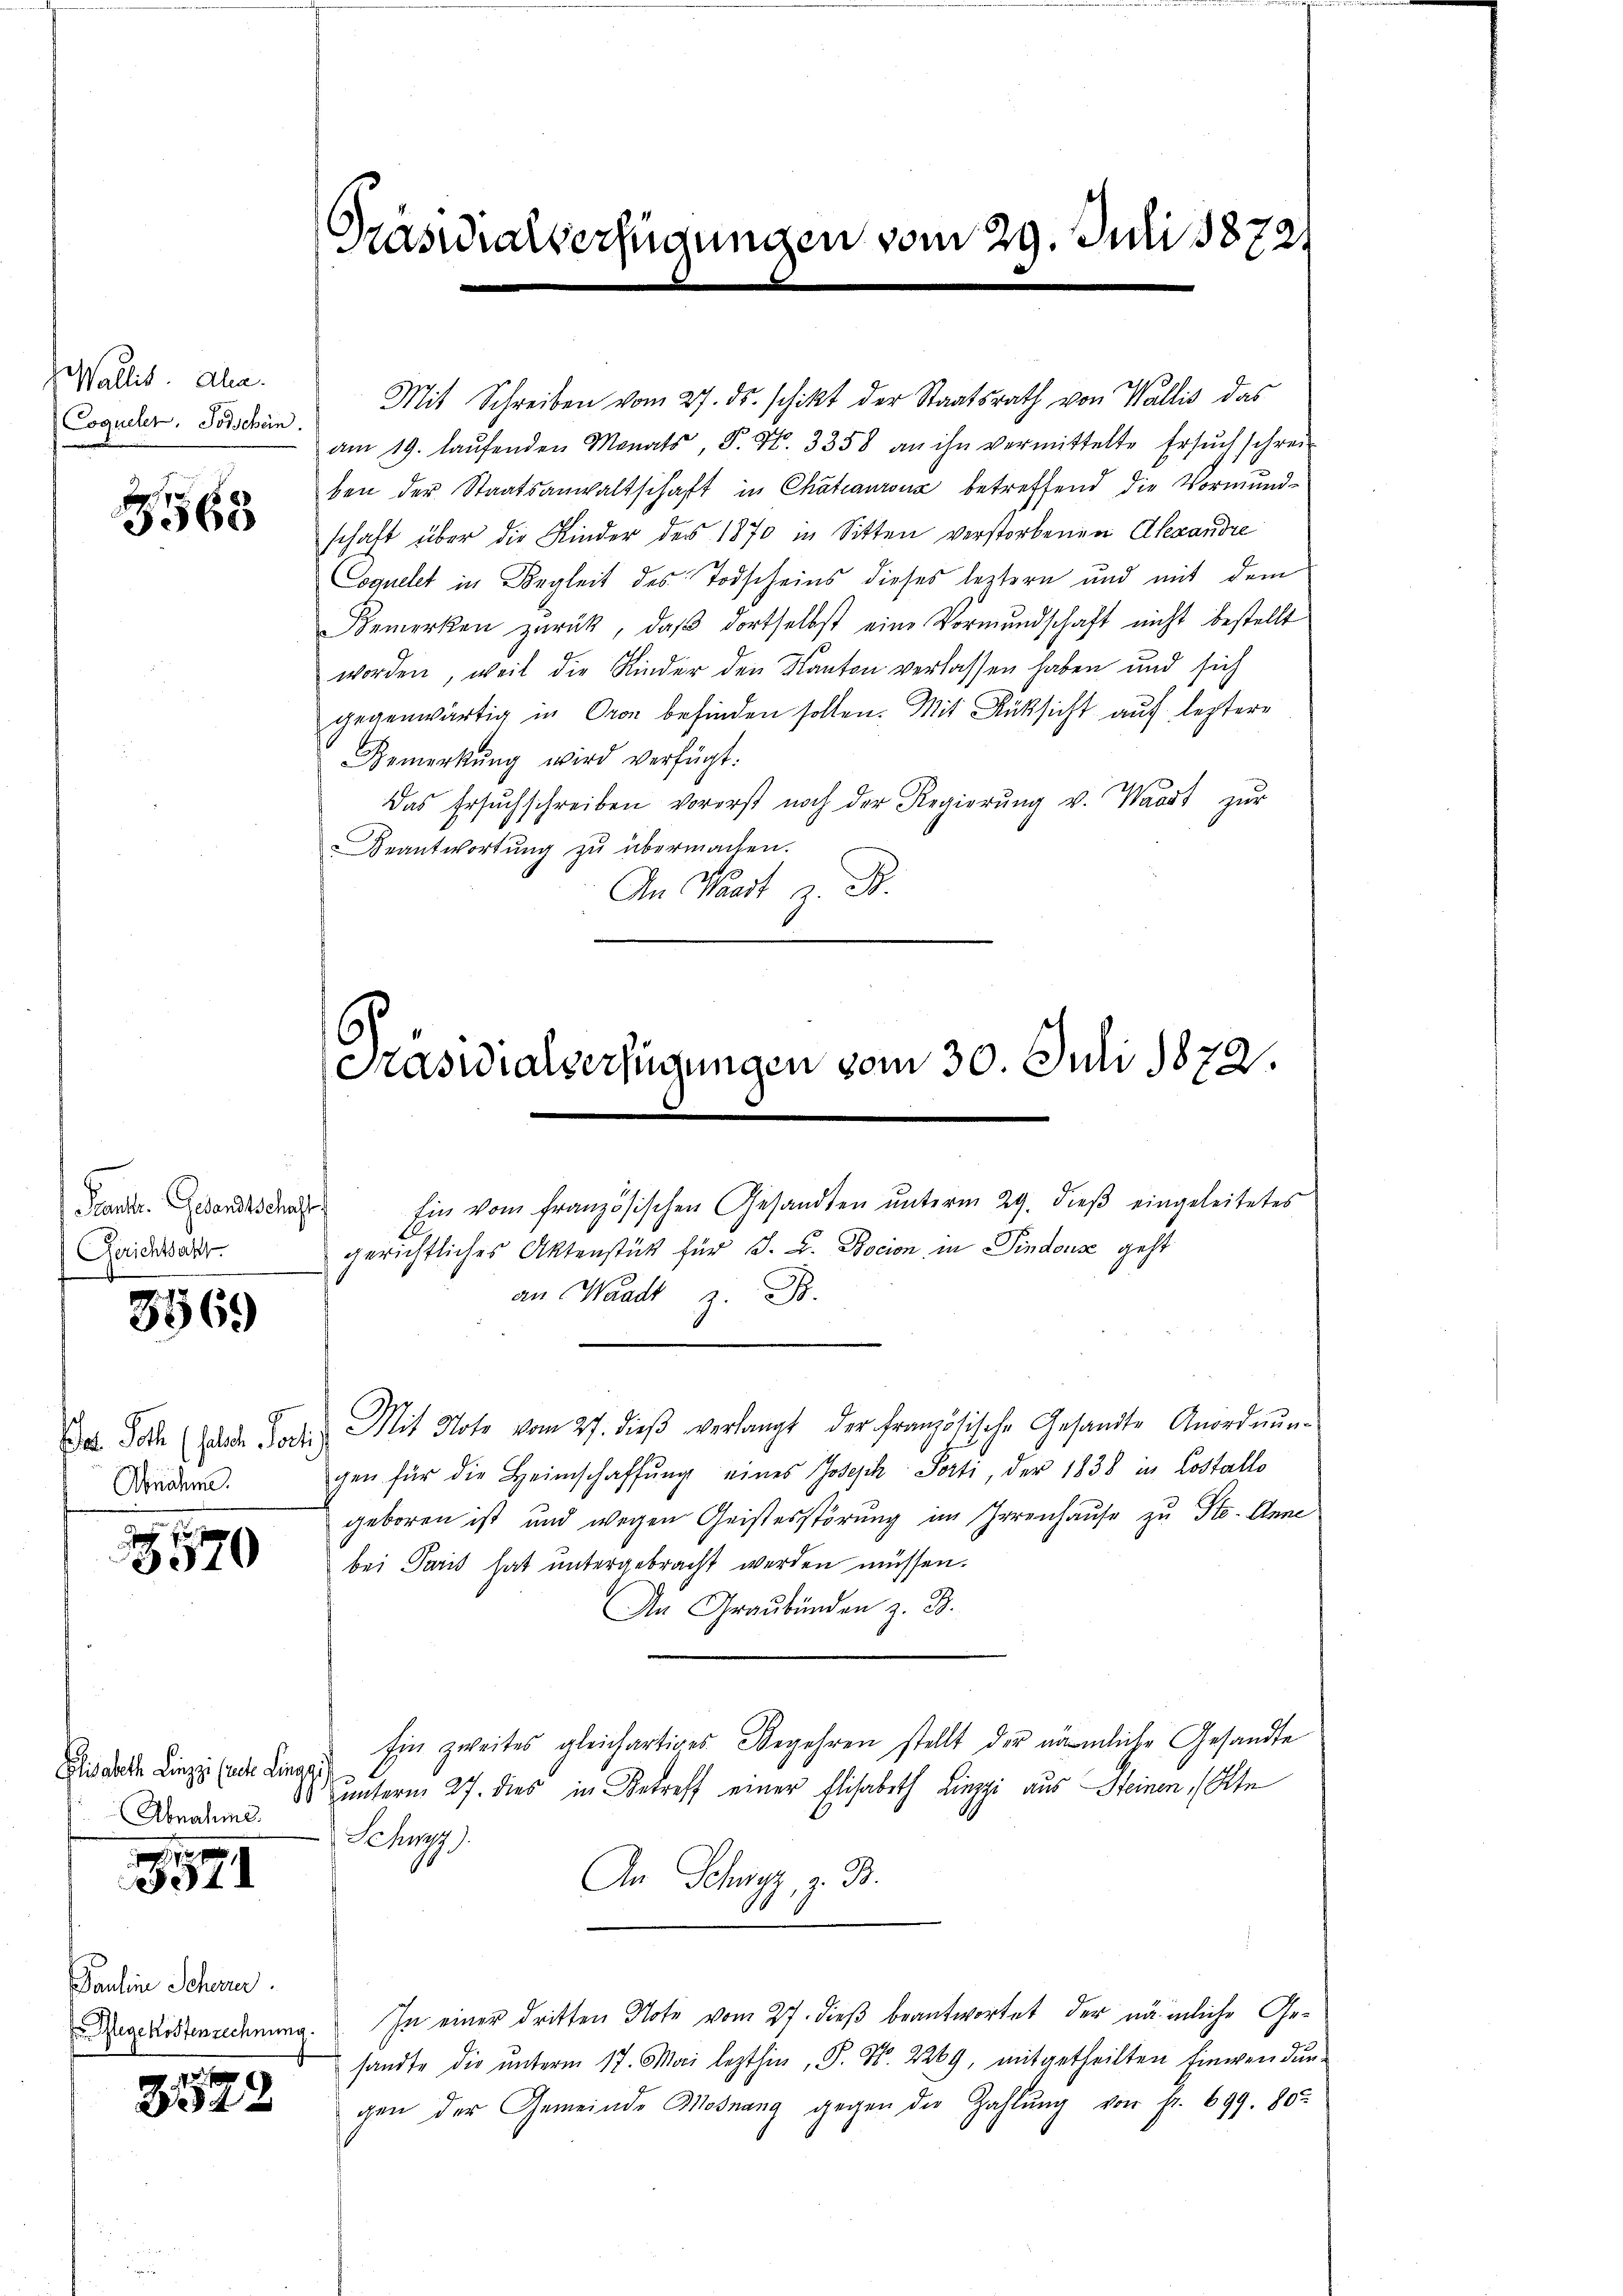
Wallis. Ala
Cogueler. Todschein.

3568

Peanstr. Gesandtschaft
Gerichtsakt

8569

Abnahme.

570

Elisabeth Linz (recte Linari
Abnahme.

x
334

Pauline Schare
 legekostenzechnung.

2522

Drascialverfügungen vom 29. Juli 18721

Ein vom französischen Gesandten ŭnterm 29. dieβ eingeleitetes

Mit Schreiben vom 27. ds. schikt der Staatsrath von Wallis das
am 19. laŭfenden Monats, P. Nr. 3358 an ihn vermittelte Ersŭch schrei
ben der Staatsanwaltschaft in Chatianzona betreffend die Vormund-
schaft über die Kinder des 1870 in Sitten verstorbenen Alexandre
Coquelet in Begleit des Todscheins dieses leztern und mit dem
Bemerken zurück, daß dortselbst eine Vormundschaft nicht bestellt
worden, weil die Kinder den Kanton verlassen haben und sich
gegenwärtig in Oron befinden sollen. Mit Rücksicht auf leztere
Bemerkŭng wird verfügt:
Das Ersuchschreiben vorerst noch der Regierŭng v. Waadt zŭr
Beantwortung zu übermachen.
An Waadt z. B.

Präsidialverfügungen vom 30. Juli 1872.

Das Sohn der Todes Mit Note vom 27. dieβ verlangt der Französische Gesandte Anordnŭn-
gen für die Heimschaffŭng eines Joseph Sorti, der 1838 in Costallo
geboren ist und wegen Geistesstörung im Irrenhause zu Ste- Anne
bei Paris hat untergebracht werden müssen.
An Graubünden z. B.
Ein zweites gleichartiges Begehren stellt der nämliche Gesandte
10 unterm 27. dies in Betreff einer Elisabeth Linzzi aus Steinen (Ste
Schwyz.
An Schwyz, z. B.
In einer dritten Note vom 27. dieß beantwortet der nämliche Gesandte die unterm 17. Mai lezthin, P. Nr. 2269, mitgetheilten Einwendungen der Gemeinde Mosnang gegen der Zahlŭng von fr. 699. 80.

gerichtliches Aktenstück für J. B. Bocion in Sindous geht
an Waadt z. B.